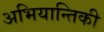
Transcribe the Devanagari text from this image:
अभियान्तिकी